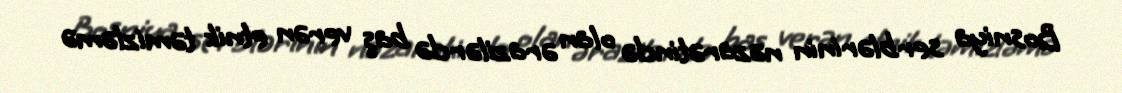
Bosniya serblərinin nəzarətində olan ərazilərdə baş verən etnik təmizləmə